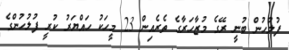
ފުލުހުން ބުނީ ރޭގެ މުޒާހަރާގެ ތެރެއިން 23 މީހަކު ހައްޔަރު ކުރީ ފުލުހުންގެ